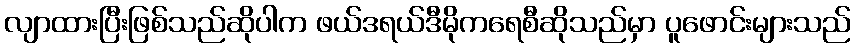
လျာထားပြီးဖြစ်သည်ဆိုပါက ဖယ်ဒရယ်ဒီမိုကရေစီဆိုသည်မှာ ပူဖောင်းများသည်